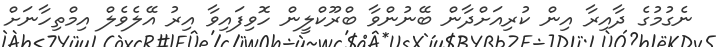
ނެގުމުގެ ދާއިރާ އިން ކުރިއަށްދާން ބޭނުންވާ ބްރޫކްލީން ހޮވިފައިވާ އިރު އޭލެވެލް އިމްތިހާނަށް